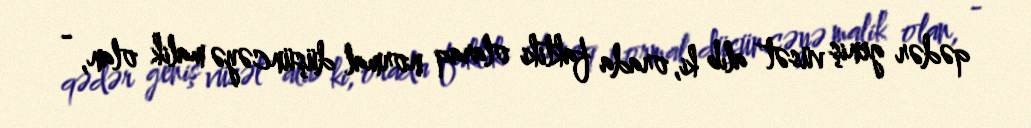
qədər geniş vüsət alıb ki, orada faktiki olaraq normal düşüncəyə malik olan, -